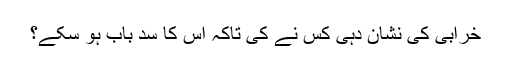
خرابی کی نشان دہی کس نے کی تاکہ اس کا سدِ باب ہو سکے؟